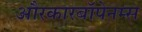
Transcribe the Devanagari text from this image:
औरकारबॉपेनम्स